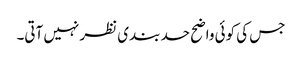
جس کی کوئی واضح حد بندی نظر نہیں آتی۔